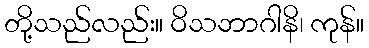
တို့သည်လည်း။ ဝိသဘာဂါနိ၊ ကုန်။